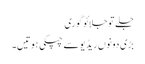
جلے تو جلائو گوری
بڑی دونوں ریڈیو سے چپکی ہوتیں۔